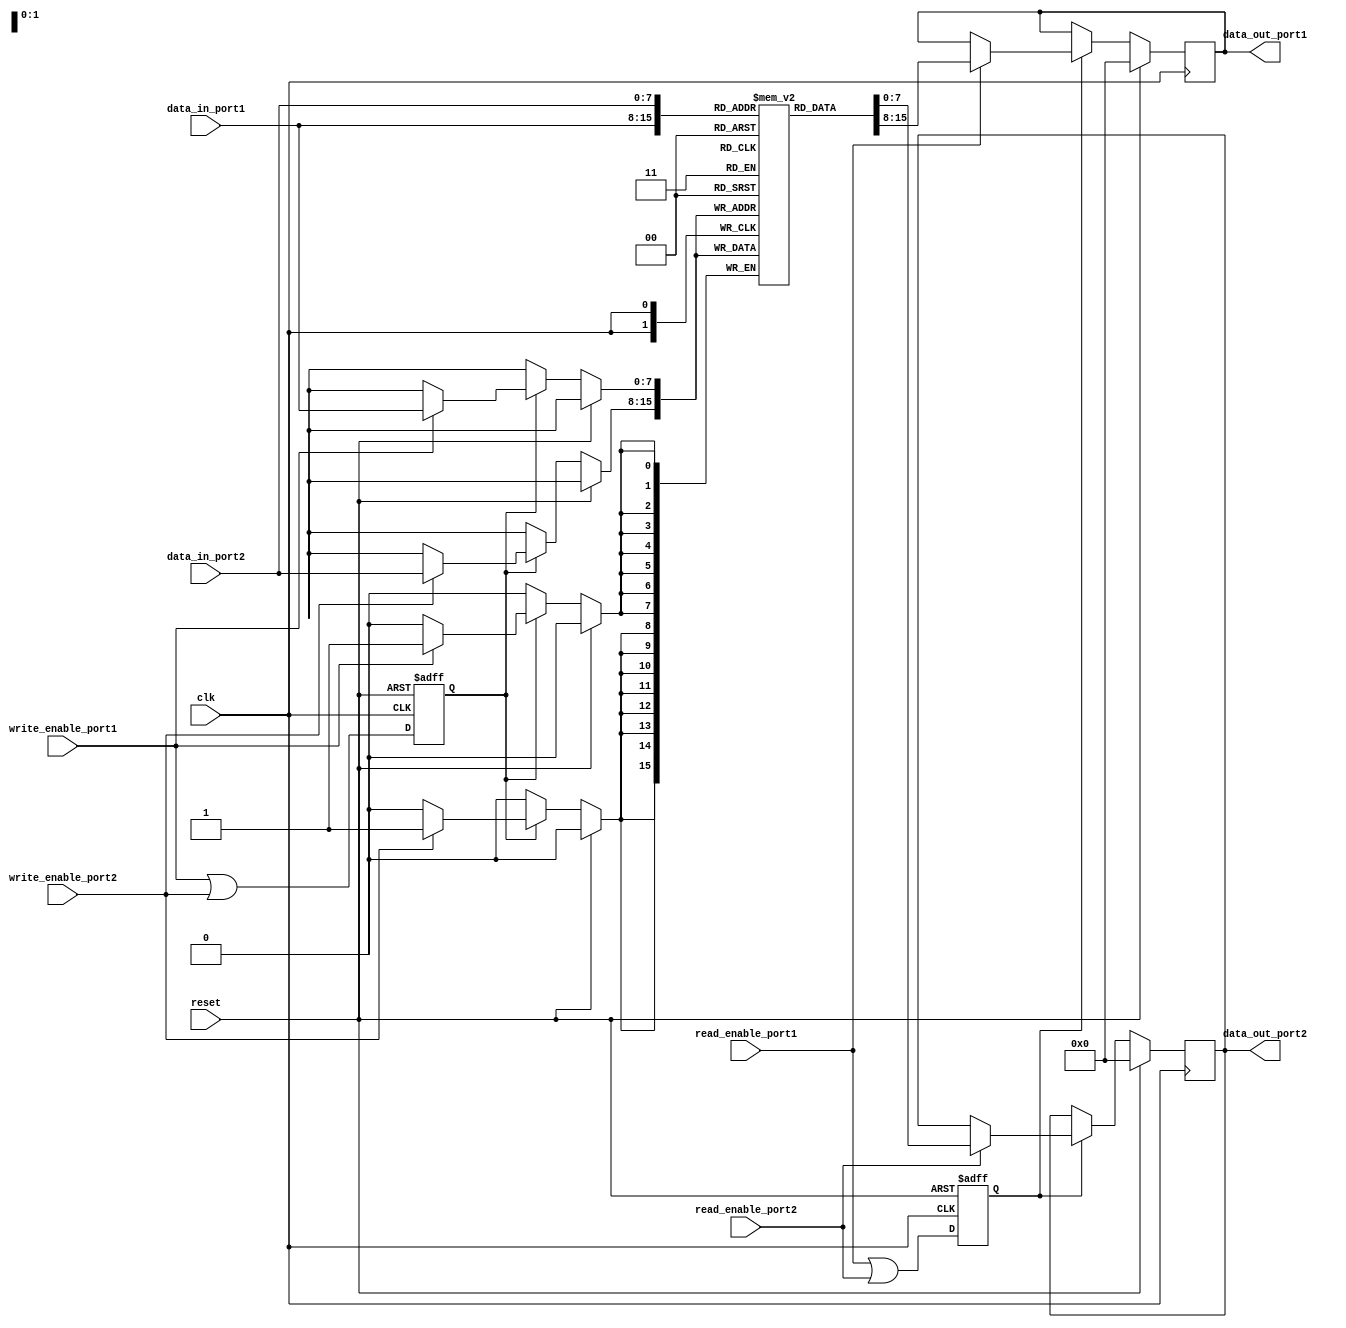
module dual_port_ram (
    input wire clk,
    input wire reset,
    
    // Port 1
    input wire write_enable_port1,
    input wire read_enable_port1,
    input wire [7:0] data_in_port1,
    output reg [7:0] data_out_port1,
    
    // Port 2
    input wire write_enable_port2,
    input wire read_enable_port2,
    input wire [7:0] data_in_port2,
    output reg [7:0] data_out_port2
);

reg [7:0] memory [0:255]; // 256x8 dual-port RAM

reg write_enable;
reg read_enable;

always @ (posedge clk or posedge reset) begin
    if (reset) begin
        write_enable <= 1'b0;
        read_enable <= 1'b0;
    end else begin
        write_enable <= write_enable_port1 | write_enable_port2;
        read_enable <= read_enable_port1 | read_enable_port2;
    end
end

always @ (posedge clk) begin
    if (reset) begin
        data_out_port1 <= 8'b0;
        data_out_port2 <= 8'b0;
    end else begin
        if (write_enable) begin
            if (write_enable_port1) begin
                memory[data_in_port1] <= data_in_port1;
            end
            if (write_enable_port2) begin
                memory[data_in_port2] <= data_in_port2;
            end
        end
        if (read_enable) begin
            if (read_enable_port1) begin
                data_out_port1 <= memory[data_in_port1];
            end
            if (read_enable_port2) begin
                data_out_port2 <= memory[data_in_port2];
            end
        end
    end
end

endmodule